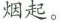
烟起。